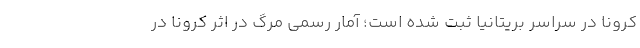
کرونا در سراسر بریتانیا ثبت شده است؛ آمار رسمی مرگ در اثر کرونا در